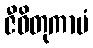
ဇီဝိတုကာမံ